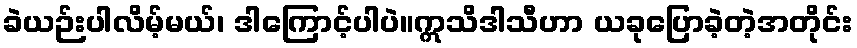
ခဲယဉ်းပါလိမ့်မယ်၊ ဒါကြောင့်ပါပဲ။ဣသိဒါသီဟာ ယခုပြောခဲ့တဲ့အတိုင်း